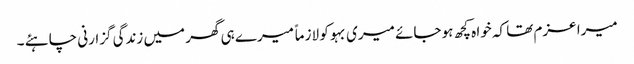
میرا عزم تھا کہ خوا ہ کچھ ہو جائے میری بہو کو لازماً میرے ہی گھر میں زندگی گزارنی چاہئے ۔